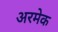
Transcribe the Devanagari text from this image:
अरमेक